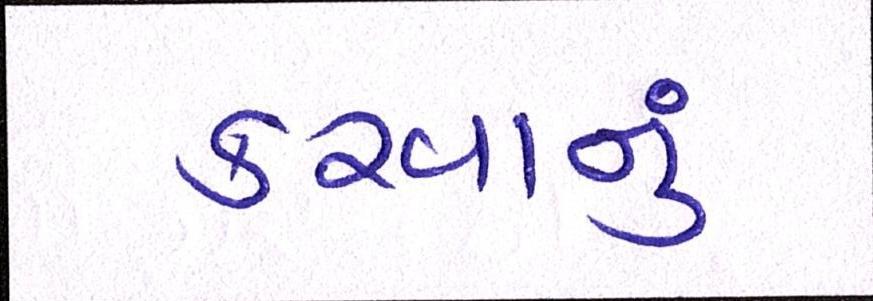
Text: કરવાનું